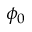
\phi _ { 0 }